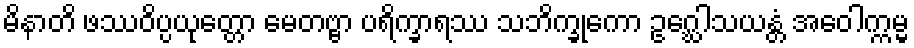
မိနာတိ ဖဿဝိပ္ပယုတ္တော မေတဗ္ဗာ ပရိက္ခာရဿ သဘိက္ခုကော ဥဂ္ဃေါသယန္တံ အဝေါက္ကမ္မ